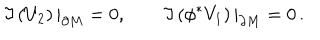
LaTeX: \Im \left( U _ { 2 } \right) | _ { \partial M } = 0 , \qquad \Im \left( \phi ^ { * } V _ { 1 } \right) | _ { \partial M } = 0 \, .